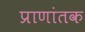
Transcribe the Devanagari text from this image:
प्राणांतक